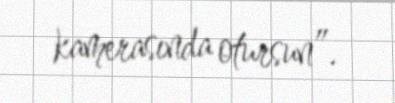
kamerasında otursun”.